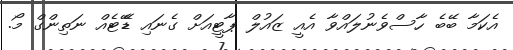
އެކަމާ ބޭބެ ހާސްވެނުލައްވާ އެއީ ޒައުލް ޕާޓީއަށް ގެނައި ޑޭޭޓެއް ނަތިންގް މޯ.